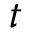
t